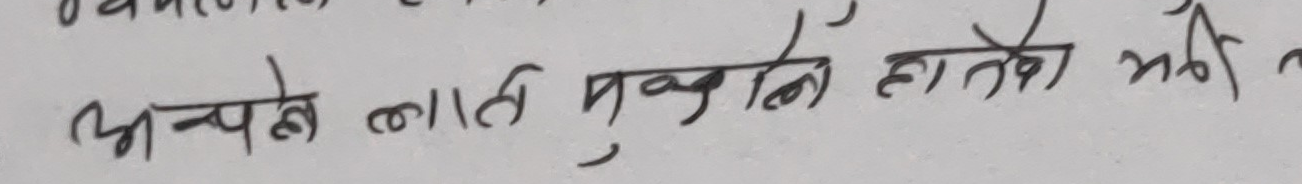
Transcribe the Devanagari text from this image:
अप्ने लाती मुगलि हातेको मरी